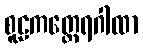
စူဠကတ္ထေရဂါထာ